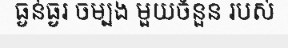
ធ្ងន់ធ្ងរ ចម្បង មួយចំនួន របស់